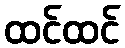
ထင်ထင်